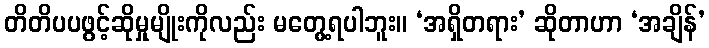
တိတိပပဖွင့်ဆိုမှုမျိုးကိုလည်း မတွေ့ရပါဘူး။ ‘အရှိတရား’ ဆိုတာဟာ ‘အချိန်’